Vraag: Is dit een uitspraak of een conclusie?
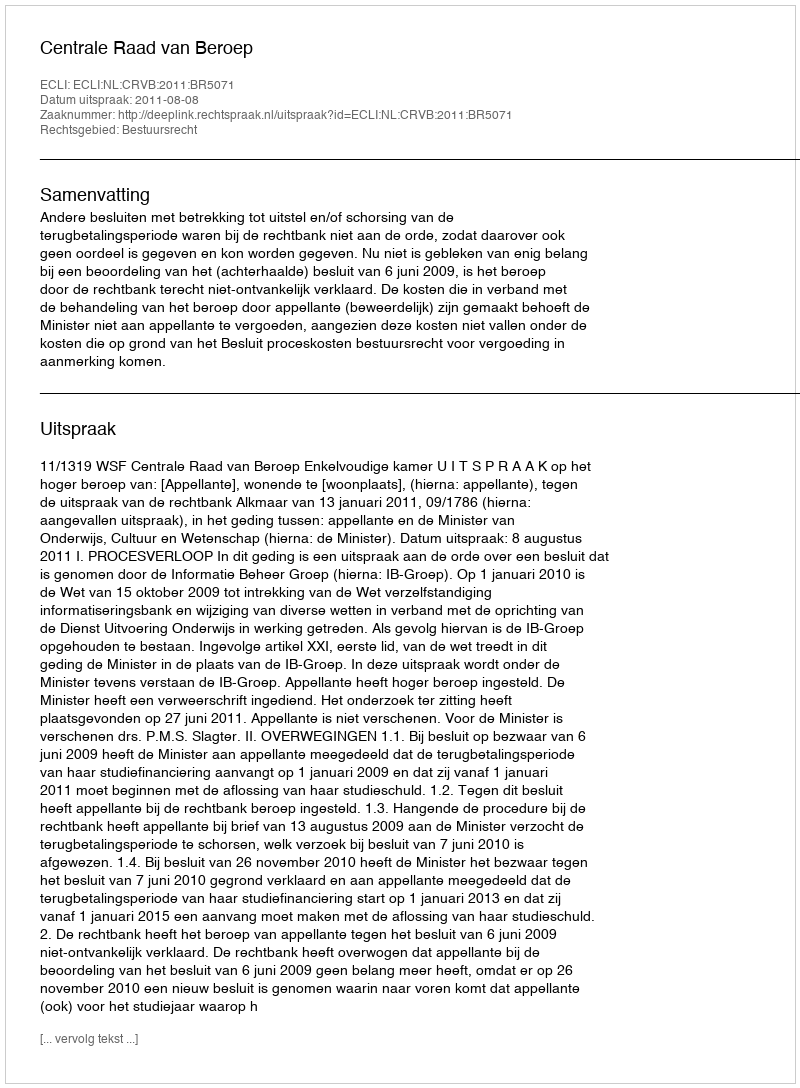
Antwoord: Uitspraak